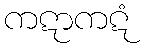
ကဋာကဋံ